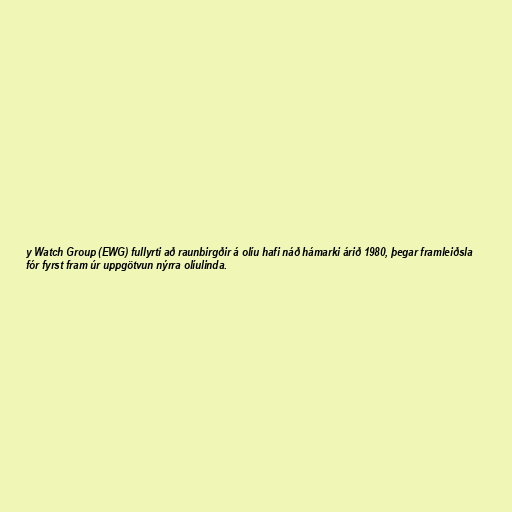
y Watch Group (EWG) fullyrti að raunbirgðir á olíu hafi náð hámarki árið 1980, þegar framleiðsla
fór fyrst fram úr uppgötvun nýrra olíulinda.